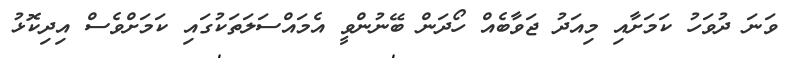
ވަނަ ދުވަހު ކަމަށާއި މިއަދު ޖަވާބެއް ހޯދަން ބޭނުންވީ އެމައްސަލަތަކުގައި ކަމަށްވެސް އިދިކޮޅު